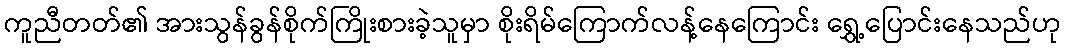
ကူညီတတ်၏ အားသွန်ခွန်စိုက်ကြိုးစားခဲ့သူမှာ စိုးရိမ်ကြောက်လန့်နေကြောင်း ရွှေ့ပြောင်းနေသည်ဟု